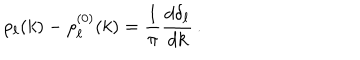
\rho _ { \ell } ( k ) - \rho _ { \ell } ^ { ( 0 ) } ( k ) = \frac { 1 } { \pi } \frac { d \delta _ { \ell } } { d k } \, .